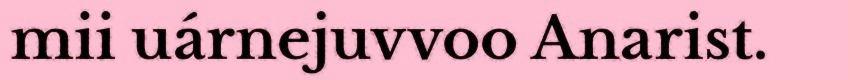
mii uárnejuvvoo Anarist.